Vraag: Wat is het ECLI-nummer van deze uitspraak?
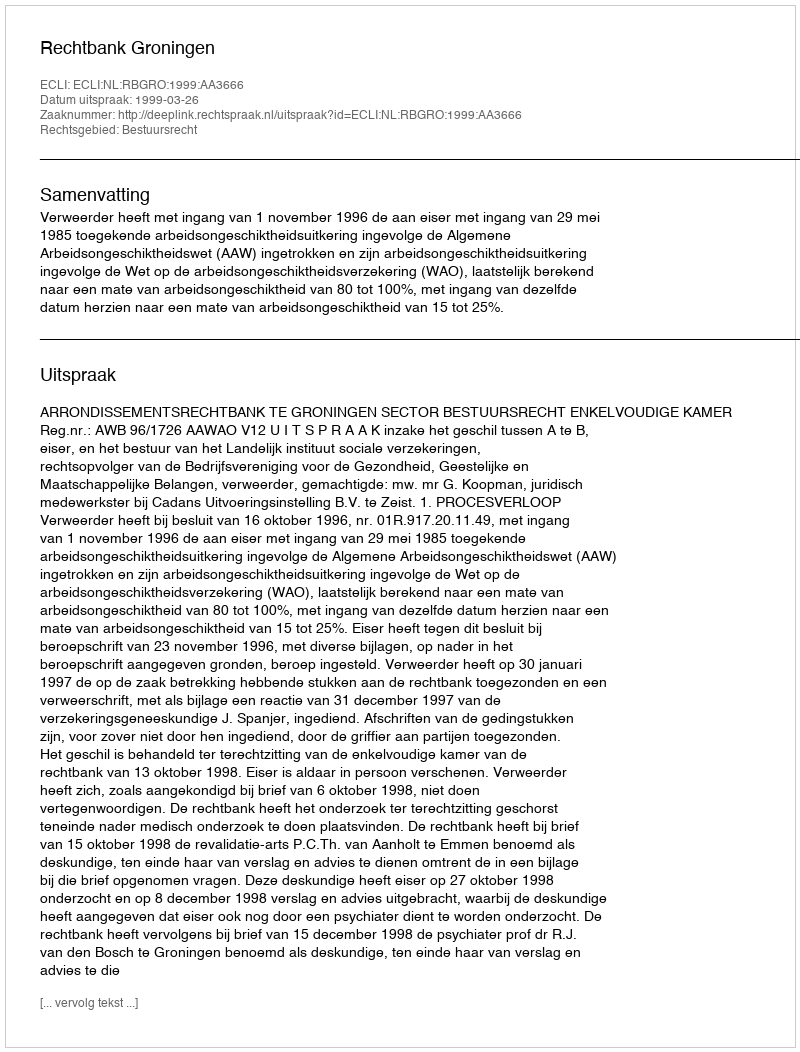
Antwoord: ECLI:NL:RBGRO:1999:AA3666